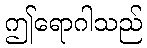
ဤရောဂါသည်